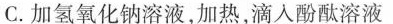
C.加氢氧化钠溶液，加热，滴入酚酞溶液